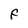
Character: F